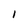
Character: I